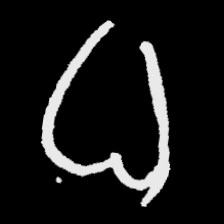
Pyu character \u2014 Myanmar letter: ဓ (romanized: dha)